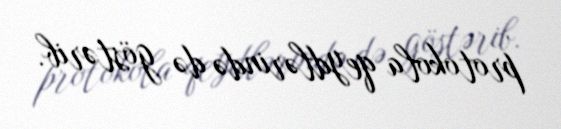
protokola qeydlərində də göstərib.